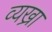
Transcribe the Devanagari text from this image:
व्यख्रा